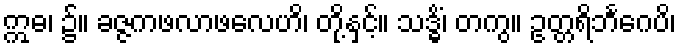
ဣဓ၊ ၌။ ခဇ္ဇကဖလာဖလေဟိ၊ တို့နှင့်။ သဒ္ဓိံ၊ တကွ။ ဥတ္တရိဘင်္ဂေပိ၊